画像に写った文字を読んでください
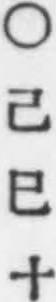
「○己巳十」と書いてあります